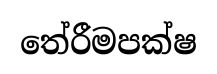
තේරීමපක්ෂ